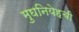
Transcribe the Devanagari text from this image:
मुघनियेहची